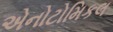
એનોટોમિકલ